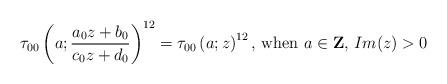
LaTeX: \begin{align*}\tau_{00}\left(a;\frac{a_0z+b_0}{c_0z+d_0}\right)^{12}=\tau_{00}\left(a;z\right)^{12}\textrm{, when }a\in\textbf{Z}\textrm{, }Im(z)>0\end{align*}